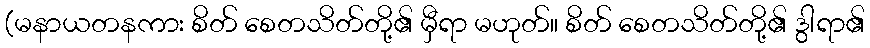
(မနာယတနကား စိတ် စေတသိတ်တို့၏ မှီရာ မဟုတ်။ စိတ် စေတသိတ်တို့၏ ဒွါရာ၏